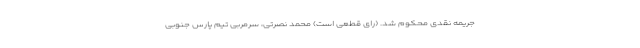
جریمه نقدی محکوم شد. (رای قطعی است) محمد نصرتی، سرمربی تیم پارس جنوبی